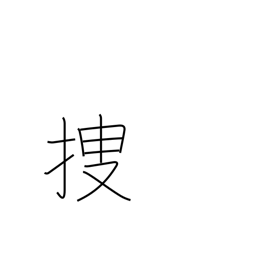
Meaning: locate